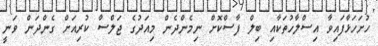
ހުށަހަޅާފައިވާ އިސްލާހުތަކާއި ބިލް ފާސްކޮށް ނިމެންދެން މިއަދުގެ ޖަލްސާ ކުރިއަށް ގެންދަން ވަނީ